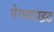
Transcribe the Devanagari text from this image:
पेग्माटाइट